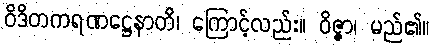
ဝိဒိတကရဏဋ္ဌေနာတိ၊ ကြောင့်လည်း။ ဝိဇ္ဇာ၊ မည်၏။